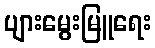
ပျားမွေးမြူရေး